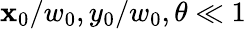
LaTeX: \mathbf{x}_{0}/w_{0},y_{0}/w_{0},\theta\ll1